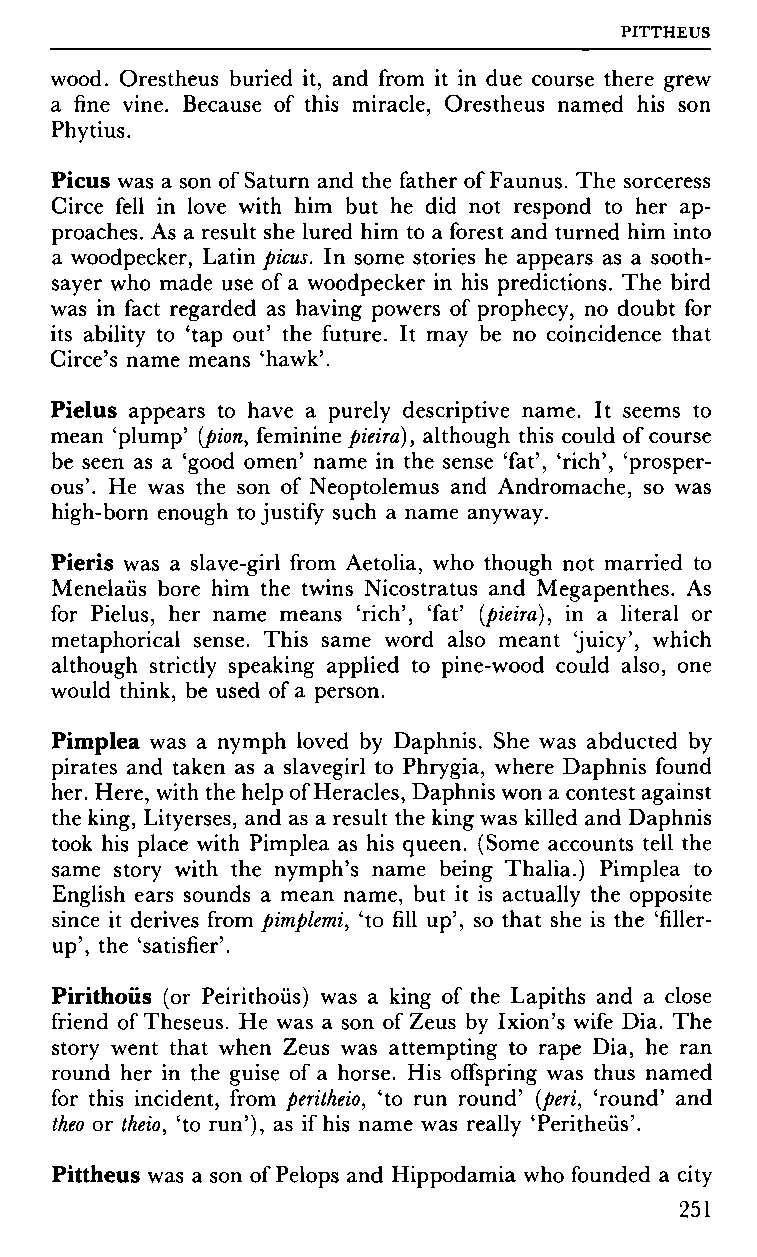
PITTHEUS
 wood. Orestheus buried it, and from it in due course there grew
 a fine vine. Because of this miracle, Orestheus named his son
 Phytius.
 Picus was a son of Saturn and the father of Faunus. The sorceress
 Circe fell in love with him but he did not respond to her ap
 proaches. As a result she lured him to a forest and turned him into
 a woodpecker, Latin picus. In some stories he appears as a sooth
 sayer who made use of a woodpecker in his predictions. The bird
 was in fact regarded as having powers of prophecy, no doubt for
 its ability to 'tap out' the future. It may be no coincidence that
 Circe's name means 'hawk'.
 Pielus appears to have a purely descriptive name. It seems to
 mean 'plump' (pion, feminine pieira), although this could of course
 be seen as a 'good omen' name in the sense 'fat', 'rich', 'prosper
 ous'. He was the son of Neoptolemus and Andromache, so was
 high-born enough to justify such a name anyway.
 Pieris was a slave-girl from Aetolia, who though not married to
 Menelaüs bore him the twins Nicostratus and Megapenthes. As
 for Pielus, her name means 'rich', 'fat' (pieira), in a literal or
 metaphorical sense. This same word also meant 'juicy', which
 although strictly speaking applied to pine-wood could also, one
 would think, be used of a person.
 Pimplea was a nymph loved by Daphnis. She was abducted by
 pirates and taken as a slavegirl to Phrygia, where Daphnis found
 her. Here, with the help of Heracles, Daphnis won a contest against
 the king, Lityerses, and as a result the king was killed and Daphnis
 took his place with Pimplea as his queen. (Some accounts tell the
 same story with the nymph's name being Thalia.) Pimplea to
 English ears sounds a mean name, but it is actually the opposite
 since it derives from pimplemi, 'to fill up', so that she is the 'filler-
 up', the 'satisfier'.
 Pirithoüs (or Peirithoüs) was a king of the Lapiths and a close
 friend of Theseus. He was a son of Zeus by Ixion's wife Dia. The
 story went that when Zeus was attempting to rape Dia, he ran
 round her in the guise of a horse. His offspring was thus named
 for this incident, from peritheio, 'to run round' (peri, 'round' and
 theo or theio, 'to run'), as if his name was really 'Peritheüs'.
 Pittheus was a son of Pelops and Hippodamia who founded a city
 251